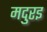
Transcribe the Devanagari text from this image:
मदुरइ